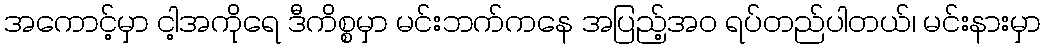
အကောင့်မှာ ငါ့အကိုရေ ဒီကိစ္စမှာ မင်းဘက်ကနေ အပြည့်အဝ ရပ်တည်ပါတယ်၊ မင်းနားမှာ